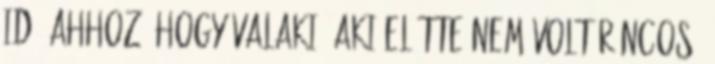
idő ahhoz, hogy valaki, aki előtte nem volt ráncos,